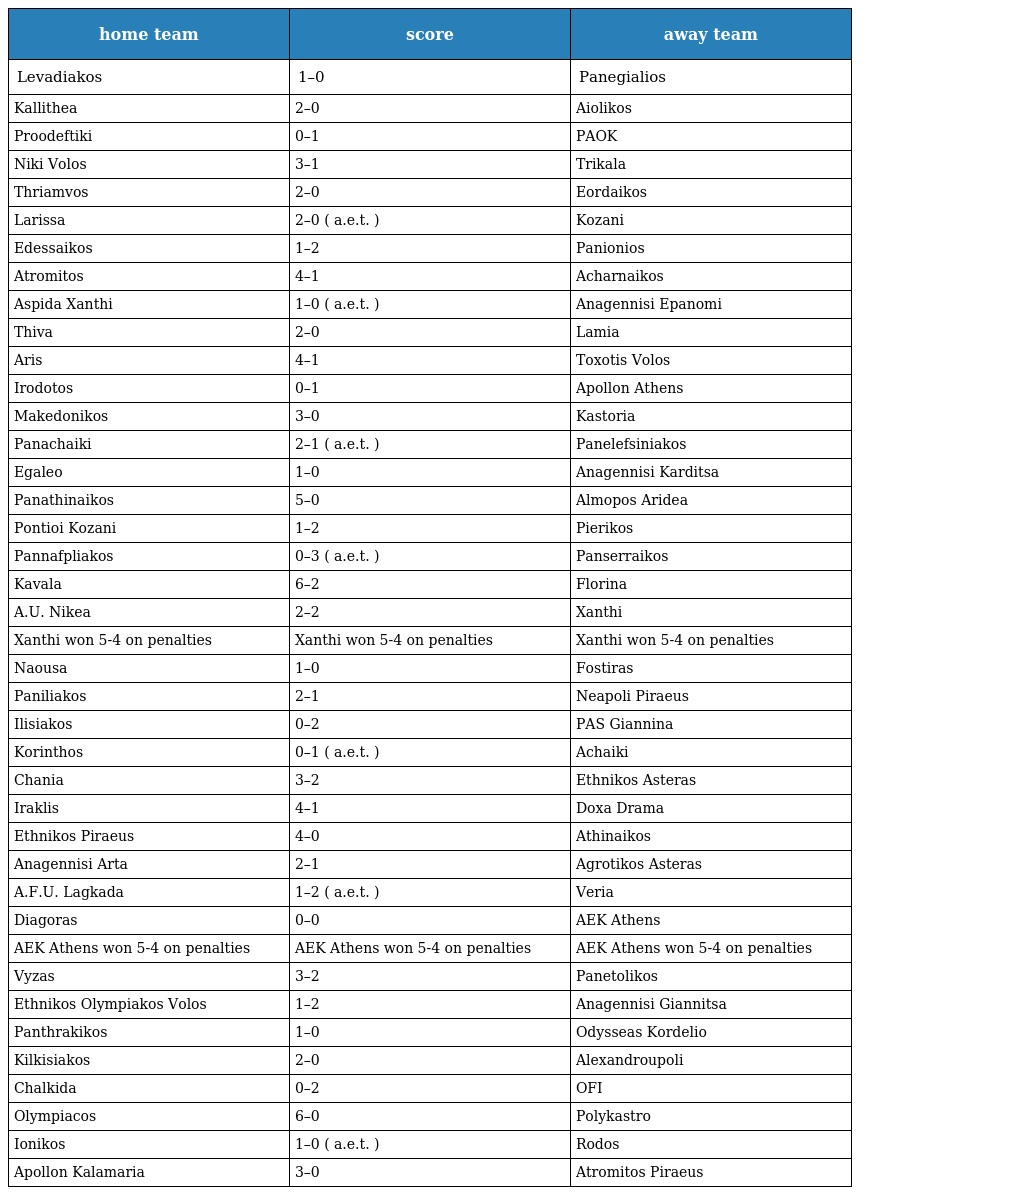
| home team | score | away team |
 | --- | --- | --- |
 | Levadiakos | 1–0 | Panegialios |
 | Kallithea | 2–0 | Aiolikos |
 | Proodeftiki | 0–1 | PAOK |
 | Niki Volos | 3–1 | Trikala |
 | Thriamvos | 2–0 | Eordaikos |
 | Larissa | 2–0 ( a.e.t. ) | Kozani |
 | Edessaikos | 1–2 | Panionios |
 | Atromitos | 4–1 | Acharnaikos |
 | Aspida Xanthi | 1–0 ( a.e.t. ) | Anagennisi Epanomi |
 | Thiva | 2–0 | Lamia |
 | Aris | 4–1 | Toxotis Volos |
 | Irodotos | 0–1 | Apollon Athens |
 | Makedonikos | 3–0 | Kastoria |
 | Panachaiki | 2–1 ( a.e.t. ) | Panelefsiniakos |
 | Egaleo | 1–0 | Anagennisi Karditsa |
 | Panathinaikos | 5–0 | Almopos Aridea |
 | Pontioi Kozani | 1–2 | Pierikos |
 | Pannafpliakos | 0–3 ( a.e.t. ) | Panserraikos |
 | Kavala | 6–2 | Florina |
 | A.U. Nikea | 2–2 | Xanthi |
 | Xanthi won 5-4 on penalties | Xanthi won 5-4 on penalties | Xanthi won 5-4 on penalties |
 | Naousa | 1–0 | Fostiras |
 | Paniliakos | 2–1 | Neapoli Piraeus |
 | Ilisiakos | 0–2 | PAS Giannina |
 | Korinthos | 0–1 ( a.e.t. ) | Achaiki |
 | Chania | 3–2 | Ethnikos Asteras |
 | Iraklis | 4–1 | Doxa Drama |
 | Ethnikos Piraeus | 4–0 | Athinaikos |
 | Anagennisi Arta | 2–1 | Agrotikos Asteras |
 | A.F.U. Lagkada | 1–2 ( a.e.t. ) | Veria |
 | Diagoras | 0–0 | AEK Athens |
 | AEK Athens won 5-4 on penalties | AEK Athens won 5-4 on penalties | AEK Athens won 5-4 on penalties |
 | Vyzas | 3–2 | Panetolikos |
 | Ethnikos Olympiakos Volos | 1–2 | Anagennisi Giannitsa |
 | Panthrakikos | 1–0 | Odysseas Kordelio |
 | Kilkisiakos | 2–0 | Alexandroupoli |
 | Chalkida | 0–2 | OFI |
 | Olympiacos | 6–0 | Polykastro |
 | Ionikos | 1–0 ( a.e.t. ) | Rodos |
 | Apollon Kalamaria | 3–0 | Atromitos Piraeus |